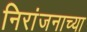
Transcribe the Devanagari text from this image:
निरांजनाच्या